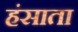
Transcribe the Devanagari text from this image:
हंसाता